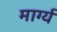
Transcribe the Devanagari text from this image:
मार्ग्य